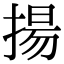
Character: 揚